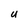
Character: U